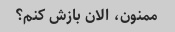
ممنون، الان بازش کنم؟